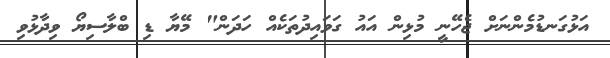
އަޅުގަނޑުމެންނަށް ޖެހޭނީ މުޅިން އައު ގަވައިދުތަކެއް ހަދަން" މޭޔާ ޑި ބްލާސިޔޯ ވިދާޅުވި